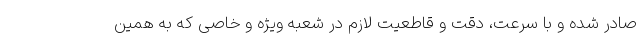
صادر شده و با سرعت، دقت و قاطعیت لازم در شعبه ویژه و خاصی که به همین